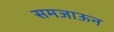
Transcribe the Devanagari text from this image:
समजाऊन